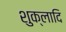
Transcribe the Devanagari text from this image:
शुक्लादि